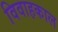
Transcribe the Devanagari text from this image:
विवाहकाल